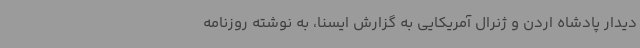
دیدار پادشاه اردن و ژنرال آمریکایی به گزارش ایسنا، به نوشته روزنامه